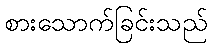
စားသောက်ခြင်းသည်